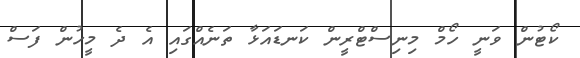
ކޯޓުން ވަނީ ހޯމް މިނިސްޓްރީން ކަނޑައަޅާ ތަނެއްގައި އެ ދެ މީހުން ފަސް